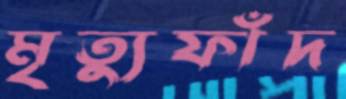
মৃত্যুফাঁদ